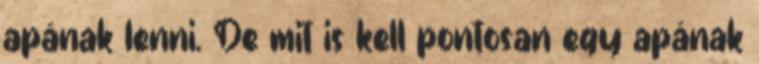
apának lenni. De mit is kell pontosan egy apának